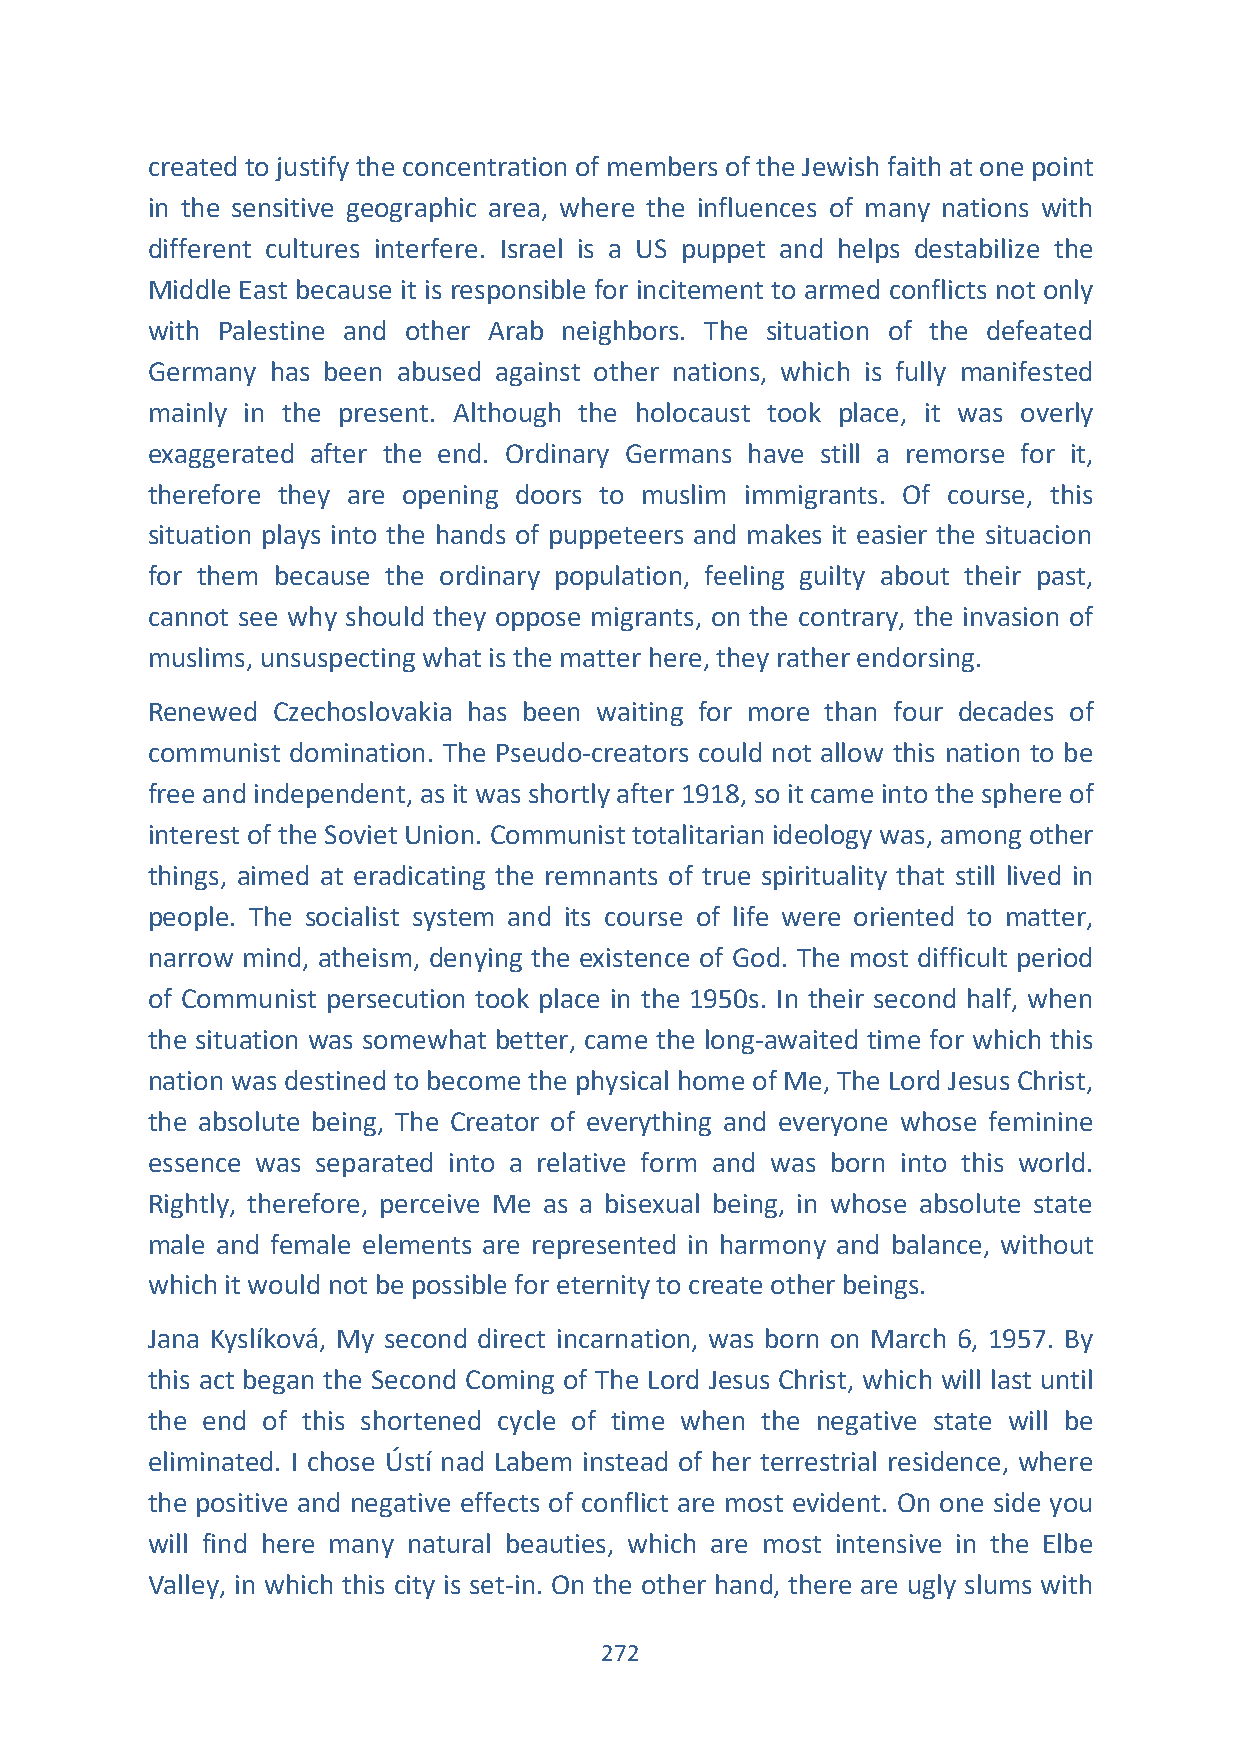
created to justify the concentration of members of the Jewish faith at one point
 in the sensitive geographic area, where the influences of many nations with
 different cultures interfere. Israel is a US puppet and helps destabilize the
 Middle East because it is responsible for incitement to armed conflicts not only
 with Palestine and other Arab neighbors. The situation of the defeated
 Germany has been abused against other nations, which is fully manifested
 mainly in the present. Although the holocaust took place, it was overly
 exaggerated after the end. Ordinary Germans have still a remorse for it,
 therefore they are opening doors to muslim immigrants. Of course, this
 situation plays into the hands of puppeteers and makes it easier the situacion
 for them because the ordinary population, feeling guilty about their past,
 cannot see why should they oppose migrants, on the contrary, the invasion of
 muslims, unsuspecting what is the matter here, they rather endorsing.
 Renewed Czechoslovakia has been waiting for more than four decades of
 communist domination. The Pseudo-creators could not allow this nation to be
 free and independent, as it was shortly after 1918, so it came into the sphere of
 interest of the Soviet Union. Communist totalitarian ideology was, among other
 things, aimed at eradicating the remnants of true spirituality that still lived in
 people. The socialist system and its course of life were oriented to matter,
 narrow mind, atheism, denying the existence of God. The most difficult period
 of Communist persecution took place in the 1950s. In their second half, when
 the situation was somewhat better, came the long-awaited time for which this
 nation was destined to become the physical home of Me, The Lord Jesus Christ,
 the absolute being, The Creator of everything and everyone whose feminine
 essence was separated into a relative form and was born into this world.
 Rightly, therefore, perceive Me as a bisexual being, in whose absolute state
 male and female elements are represented in harmony and balance, without
 which it would not be possible for eternity to create other beings.
 Jana Kyslíková, My second direct incarnation, was born on March 6, 1957. By
 this act began the Second Coming of The Lord Jesus Christ, which will last until
 the end of this shortened cycle of time when the negative state will be
 eliminated. I chose Ústí nad Labem instead of her terrestrial residence, where
 the positive and negative effects of conflict are most evident. On one side you
 will find here many natural beauties, which are most intensive in the Elbe
 Valley, in which this city is set-in. On the other hand, there are ugly slums with
 272